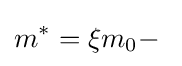
m^{*}=\xi m_{0}-\